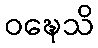
ဝဍ္ဎေသိ